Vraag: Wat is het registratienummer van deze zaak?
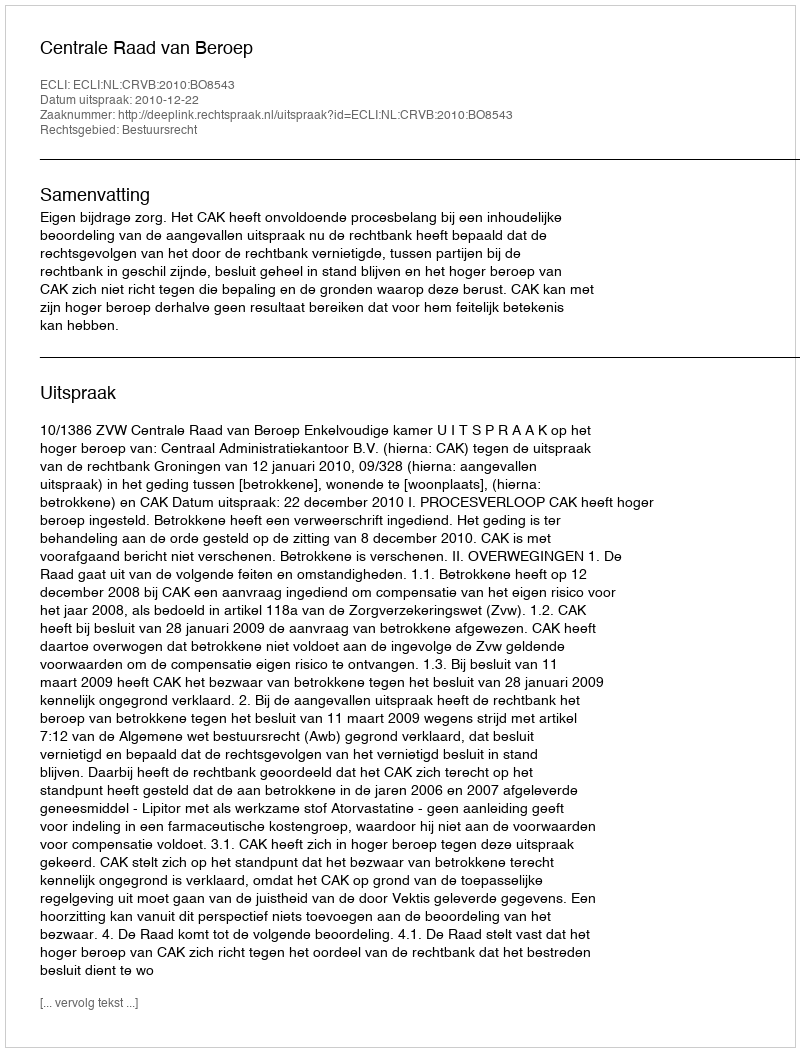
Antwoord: http://deeplink.rechtspraak.nl/uitspraak?id=ECLI:NL:CRVB:2010:BO8543